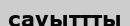
сауыттты